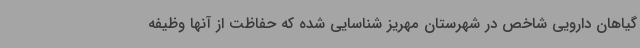
گیاهان دارویی شاخص در شهرستان مهریز شناسایی شده که حفاظت از آنها وظیفه